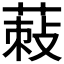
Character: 𦵪